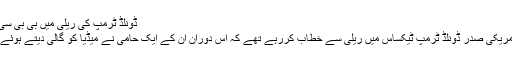
ڈونلڈ ٹرمپ کی ریلی میں بی بی سی کے کیمرا مین پر حملہ - InnPK.Com
دی گارجین میں شائع رپورٹ کے مطابق امریکی صدر ڈونلڈ ٹرمپ ٹیکساس میں ریلی سے خطاب کررہے تھے کہ اس دوران ان کے ایک حامی نے میڈیا کو گالی دیتے ہوئے ’بی بی سی کے کیمرا مین پر حملہ کردیا‘۔